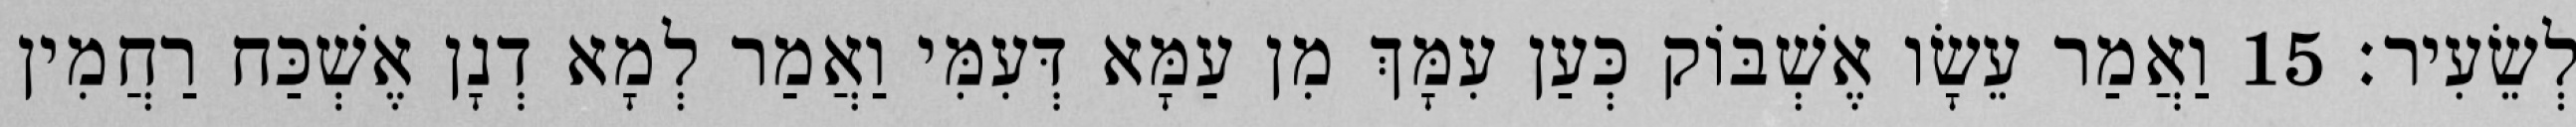
לְשֵׂעִיר׃ 15 וַאֲמַר עֵשָׂו אֶשְׁבּוֹק כְּעַן עִמָּךְ מִן עַמָּא דְּעִמִּי וַאֲמַר לְמָא דְנָן אֶשְׁכַּח רַחֲמִין